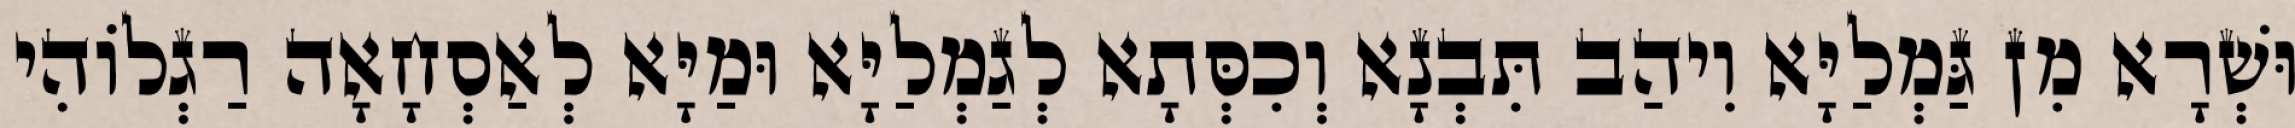
וּשְׁרָא מִן גַּמְלַיָּא וִיהַב תִּבְנָא וְכִסְּתָא לְגַמְלַיָּא וּמַיָּא לְאַסְחָאָה רַגְלוֹהִי